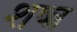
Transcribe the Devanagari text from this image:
शष्त्र